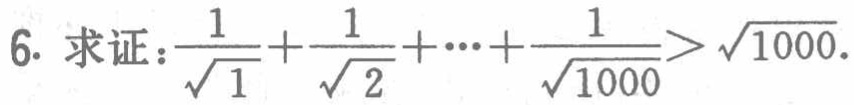
求证：\(\frac{1}{\sqrt{1}}+\frac{1}{\sqrt{2}}+\cdots+\frac{1}{\sqrt{1000}}>\sqrt{1000}\)